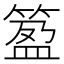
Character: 𥯰